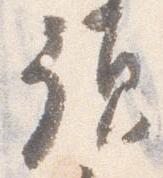
預